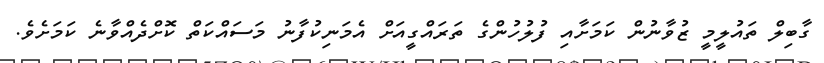
ގާބިލް ތައުލީމީ ޒުވާނުން ކަމަށާއި ފުލުހުންގެ ތަރައްގީއަށް އެމަނިކުފާނު މަސައްކަތް ކޮށްދެއްވާނެ ކަމަށެވެ.